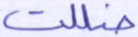
ضللت